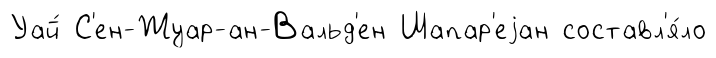
Уай́ С'ен-Жуар-ан-Вальд'ен Шапар'еjан составл'я́ло